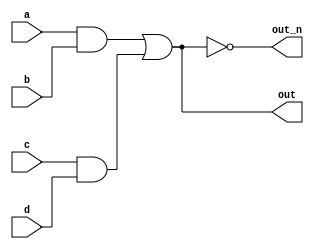
`default_nettype none
module top_module(
    input a,
    input b,
    input c,
    input d,
    output out,
    output out_n   ); 
 
    wire and_one;
    wire and_two;
    
    assign and_one = a&b;
    assign and_two = c&d;
    assign out = and_one || and_two;
    assign out_n = !out;
    
endmodule